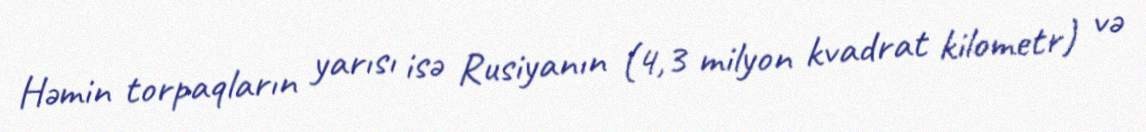
Həmin torpaqların yarısı isə Rusiyanın (4,3 milyon kvadrat kilometr) və